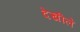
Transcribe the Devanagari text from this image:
देखीले